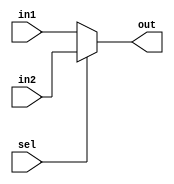
//==================================================================================================
//  Revision      : 
//  Company       : College of Information Science and Electronic Engineering, Zhejiang University
//
//  Description   : 
//
//
//==================================================================================================
module mux_2_to_1(sel,in1,in2,out);
	parameter N=4;
	input[N-1:0] in1,in2;
	input sel;
	output[N-1:0] out;
	assign out=sel==0?in1:in2;
endmodule